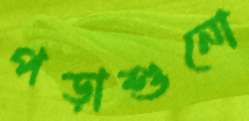
পড়াশুনো